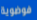
فوضوية